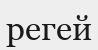
регей